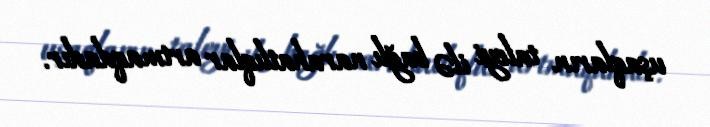
uşaqların taleyi ilə bağlı narahatlıqlar artmaqdadır.